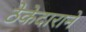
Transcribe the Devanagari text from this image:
ठेकेदाराने